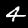
Digit: 4